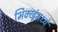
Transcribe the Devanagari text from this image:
भिक्खूंमध्ये